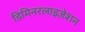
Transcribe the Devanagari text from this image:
डिमिनरलाइज़ेशन